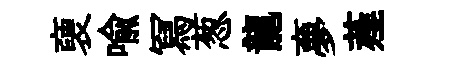
褏喩冩葱龍夣薤